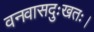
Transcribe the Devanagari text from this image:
वनवासदुःखतः।